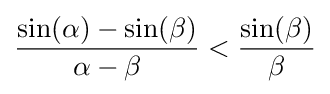
{\frac {\sin(\alpha )-\sin(\beta )}{\alpha -\beta }}<{\frac {\sin(\beta )}{\beta }}